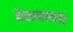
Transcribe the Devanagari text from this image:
मेळवावा।